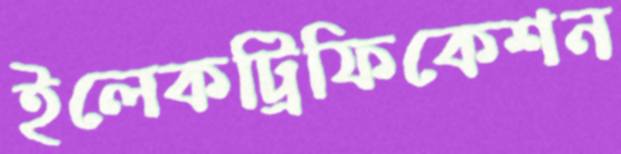
ইলেকট্রিফিকেশন